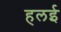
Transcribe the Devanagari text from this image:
हलई